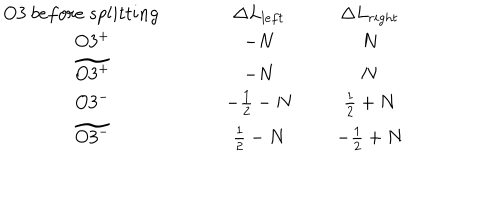
\begin{array} { c c c } { { O 3 ~ b e f o r e ~ s p l i t t i n g ~ ~ } } & { { ~ \Delta L _ { l e f t } ~ } } & { { \Delta L _ { r i g h t } } } \\ { { O 3 ^ { + } } } & { { - N } } & { { N } } \\ { { \widetilde { O 3 ^ { + } } } } & { { - N } } & { { N } } \\ { { O 3 ^ { - } } } & { { - \frac { 1 } { 2 } - N } } & { { \frac { 1 } { 2 } + N } } \\ { { \widetilde { O 3 ^ { - } } } } & { { \frac { 1 } { 2 } - N } } & { { - \frac { 1 } { 2 } + N } } \\ \end{array}